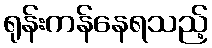
ရုန်းကန်နေရသည့်